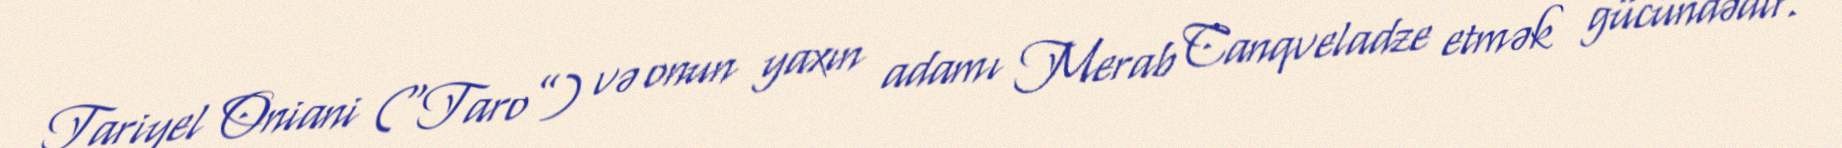
Tariyel Oniani (“Taro”) və onun yaxın adamı Merab Canqveladze etmək gücündədir.